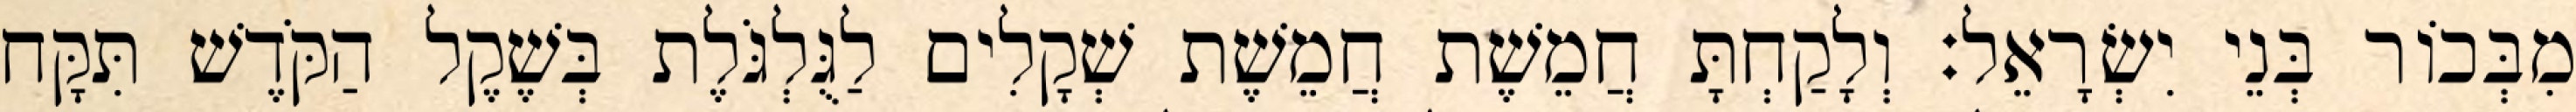
מִבְּכוֹר בְּנֵי יִשְׂרָאֵל׃ וְלָקַחְתָּ חֲמֵשֶׁת חֲמֵשֶׁת שְׁקָלִים לַגֻּלְגֹּלֶת בְּשֶׁקֶל הַקֹּדֶשׁ תִּקָּח